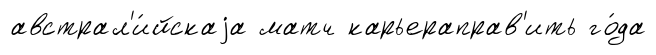
австрал'и́йскаjа матч карьераправ'ить го́да